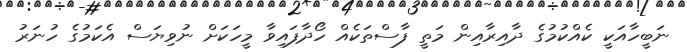
ނަބީހާއަކީ ކެއްކުމުގެ ދާއިރާއިން މަތީ ފާސްތަކެއް ހޯދާފައިވާ މީހަކަށް ނުވިޔަސް އެކަމުގެ ހުނަރު